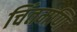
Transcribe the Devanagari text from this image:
चिंतमणि